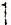
1